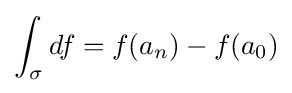
\int _{\sigma }df=f(a_{n})-f(a_{0})